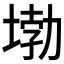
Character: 𡍧